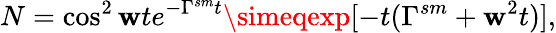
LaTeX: N=\cos^{2}\mathbf{w}te^{-\Gamma^{sm}t}\simeqexp[-t(\Gamma^{sm}+\mathbf{w}^{2}t)],